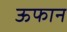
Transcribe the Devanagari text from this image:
ऊफान